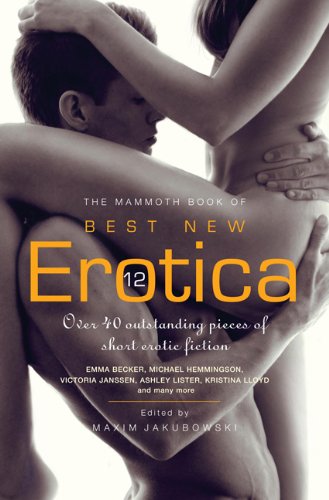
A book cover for The Mammoth Book of Best New Erotica 12; Remittance Girl; Romance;